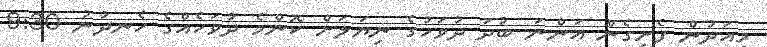
މިއަދުން ފެށިގެން އަންނަ ބުދަ ދުވަހުގެ ނިޔަލަށް ކޮންމެ ދުވަހެއްގެ ހެނދުނު 9:30